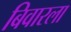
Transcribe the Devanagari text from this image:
बिवारला